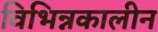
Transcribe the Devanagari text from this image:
विभिन्नकालीन